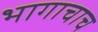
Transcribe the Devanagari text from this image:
भागाचाच